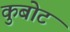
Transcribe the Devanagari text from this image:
कुबोट